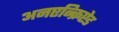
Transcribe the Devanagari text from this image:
अनएन्क्रिप्टेड